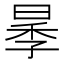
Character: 𱢋